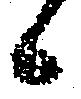
候